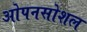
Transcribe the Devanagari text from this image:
ओपनसोशल